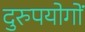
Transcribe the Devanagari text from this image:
दुरुपयोगों